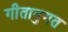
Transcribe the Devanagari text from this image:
गीतानुगत